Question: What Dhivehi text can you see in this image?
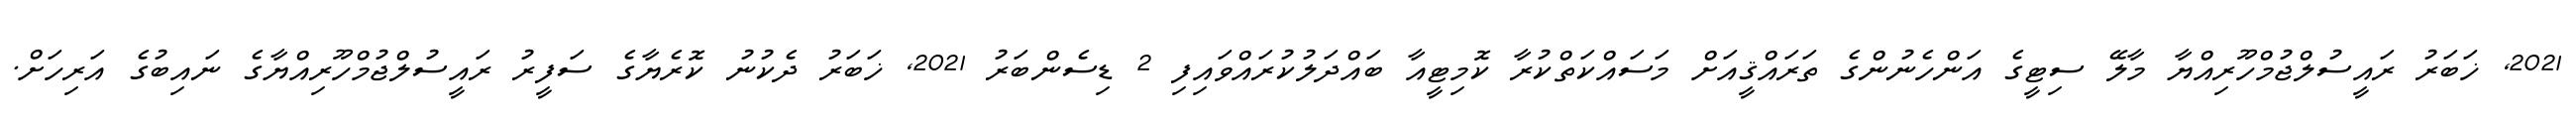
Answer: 2021, ޚަބަރު ރައީސުލްޖުމްހޫރިއްޔާ މާލޭ ސިޓީގެ އަންހެނުންގެ ތަރައްޤީއަށް މަސައްކަތްކުރާ ކޮމިޓީއާ ބައްދަލުކުރައްވައިފި 2 ޑިސެންބަރު 2021, ޚަބަރު ދެކުނު ކޮރެޔާގެ ސަފީރު ރައީސުލްޖުމްހޫރިއްޔާގެ ނައިބުގެ އަރިހަށް.